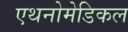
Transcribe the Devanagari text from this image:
एथनोमेडिकल